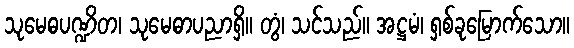
သုမေဓပဏ္ဍိတ၊ သုမေဓာပညာရှိ။ တွံ၊ သင်သည်။ အဋ္ဌမံ၊ ရှစ်ခုမြောက်သော။